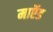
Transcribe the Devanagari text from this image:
माऍड